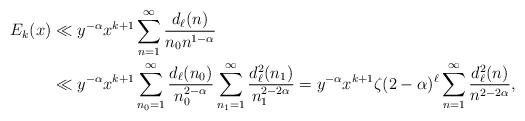
LaTeX: \begin{align*}E_k(x) &\ll y^{-\alpha}x^{k+1} \sum_{n=1}^{\infty} \frac{d_{\ell}(n)}{n_0 n^{1-\alpha}}\\&\ll y^{-\alpha}x^{k+1}\sum_{n_0=1}^{\infty}\frac{d_{\ell}(n_{0})}{n_{0}^{2-\alpha}}\sum_{n_1=1}^{\infty}\frac{d_{\ell}^{2}(n_{1})}{n_{1}^{2-2\alpha}}= y^{-\alpha} x^{k+1}\zeta(2-\alpha)^{\ell} \sum_{n=1}^{\infty}\frac{d_{\ell}^{2}(n)}{n^{2-2\alpha}},\end{align*}